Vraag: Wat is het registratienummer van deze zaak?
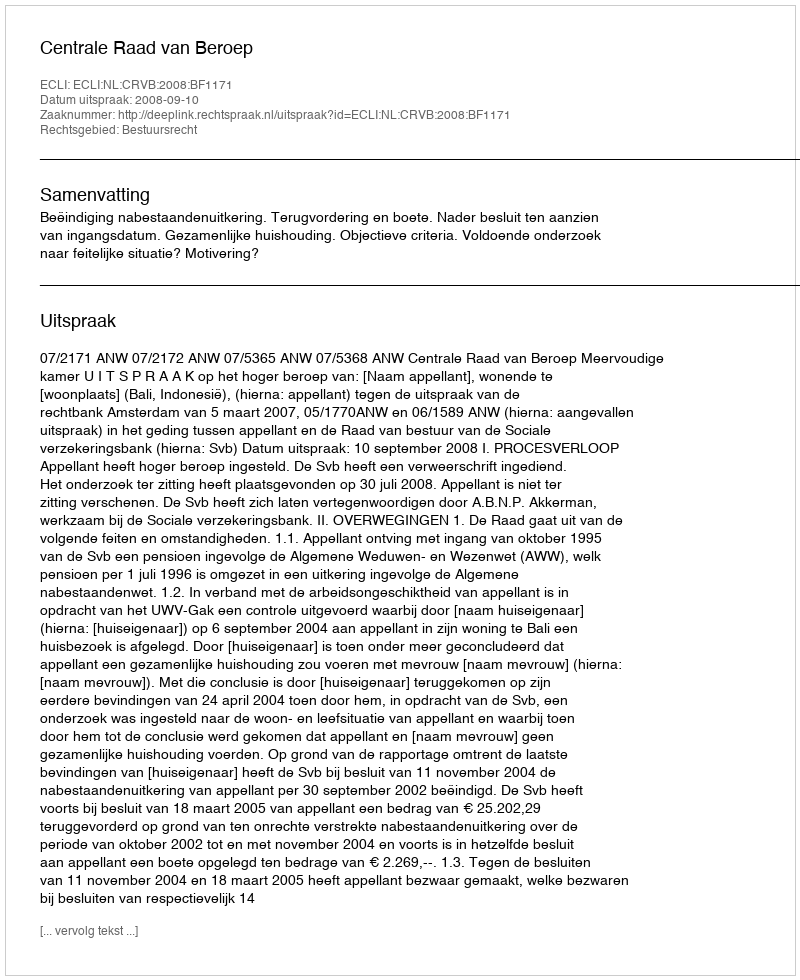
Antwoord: http://deeplink.rechtspraak.nl/uitspraak?id=ECLI:NL:CRVB:2008:BF1171